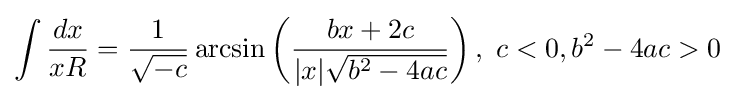
\int {\frac {dx}{xR}}={\frac {1}{\sqrt {-c}}}\operatorname {arcsin} \left({\frac {bx+2c}{|x|{\sqrt {b^{2}-4ac}}}}\right),~c<0,b^{2}-4ac>0